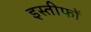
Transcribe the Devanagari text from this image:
इस्तीफों